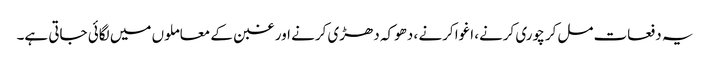
یہ دفعات مل‌کر چوری کرنے، اغوا کرنے ، دھوکہ دھڑی کرنے اور غبن کے معاملوں میں لگائی جاتی ہے۔